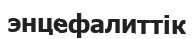
энцефалиттік